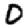
Digit: 0